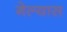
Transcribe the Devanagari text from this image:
गेल्‍यास